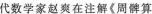
代数学家赵察在注解《周髀算